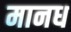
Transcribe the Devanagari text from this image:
मानध